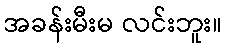
အခန်းမီးမ လင်းဘူး။